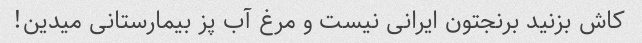
کاش بزنید برنجتون ایرانی نیست و مرغ آب پز بیمارستانی میدین!